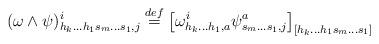
LaTeX: \begin{align*}(\omega \wedge \psi )_{h_{k}...h_{1}s_{m}...s_{1},j}^{i}\overset{def}{=}\left[ \omega _{h_{k}...h_{1},a}^{i}\psi _{s_{m}...s_{1},j}^{a}\right]_{[h_{k}...h_{1}s_{m}...s_{1}]}\end{align*}